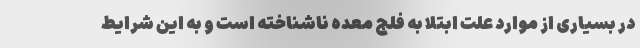
در بسیاری از موارد علت ابتلا به فلج معده ناشناخته است و به این شرایط